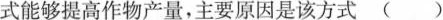
式能够提高作物产量，主要原因是该方式 ()